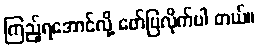
ကြည့်ရအောင်လို့ ဖော်ပြလိုက်ပါ တယ်။